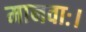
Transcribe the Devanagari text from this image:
मानवाः।